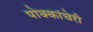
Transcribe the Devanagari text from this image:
पोक्कांचेरी